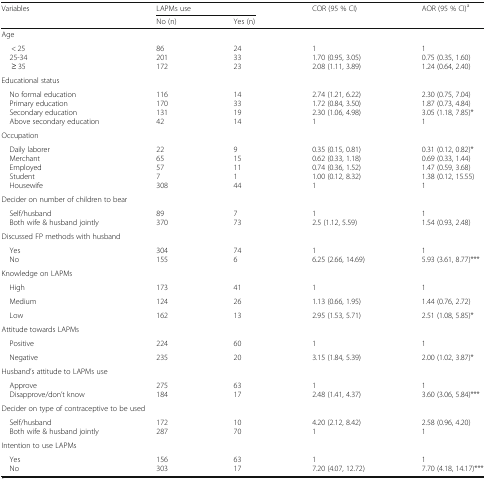
<table><thead><tr><td rowspan="2"><b>Variables</b></td><td colspan="2"><b>LAPMs use</b></td><td rowspan="2"><b>COR (95 % CI)</b></td><td rowspan="2"><b>AOR (95 % CI)<sup>a</sup></b></td></tr><tr><td><b>No (n)</b></td><td><b>Yes (n)</b></td></tr></thead><tbody><tr><td colspan="5">Age</td></tr><tr><td>&lt; 25 25-34≥ 35</td><td>86201172</td><td>243323</td><td>11.70 (0.95, 3.05)2.08 (1.11, 3.89)</td><td>10.75 (0.35, 1.60)1.24 (0.64, 2.40)</td></tr><tr><td colspan="5">Educational status</td></tr><tr><td> No formal education Primary education Secondary education Above secondary education</td><td>11617013142</td><td>14331914</td><td>2.74 (1.21, 6.22)1.72 (0.84, 3.50)2.30 (1.06, 4.98)1</td><td>2.30 (0.75, 7.04)1.87 (0.73, 4.84)3.05 (1.18, 7.85)*1</td></tr><tr><td colspan="5">Occupation</td></tr><tr><td> Daily laborer Merchant Employed Student Housewife</td><td>2265577308</td><td>91511144</td><td>0.35 (0.15, 0.81)0.62 (0.33, 1.18)0.74 (0.36, 1.52)1.00 (0.12, 8.32)1</td><td>0.31 (0.12, 0.82)*0.69 (0.33, 1.44)1.47 (0.59, 3.68)1.38 (0.12, 15.55)1</td></tr><tr><td colspan="5">Decider on number of children to bear</td></tr><tr><td> Self/husband Both wife &amp; husband jointly</td><td>89370</td><td>773</td><td>12.5 (1.12, 5.59)</td><td>11.54 (0.93, 2.48)</td></tr><tr><td colspan="5">Discussed FP methods with husband</td></tr><tr><td> Yes No</td><td>304155</td><td>746</td><td>16.25 (2.66, 14.69)</td><td>15.93 (3.61, 8.77)***</td></tr><tr><td colspan="5">Knowledge on LAPMs</td></tr><tr><td> High</td><td>173</td><td>41</td><td>1</td><td>1</td></tr><tr><td> Medium</td><td>124</td><td>26</td><td>1.13 (0.66, 1.95)</td><td>1.44 (0.76, 2.72)</td></tr><tr><td> Low</td><td>162</td><td>13</td><td>2.95 (1.53, 5.71)</td><td>2.51 (1.08, 5.85)*</td></tr><tr><td colspan="5">Attitude towards LAPMs</td></tr><tr><td> Positive</td><td>224</td><td>60</td><td>1</td><td>1</td></tr><tr><td> Negative</td><td>235</td><td>20</td><td>3.15 (1.84, 5.39)</td><td>2.00 (1.02, 3.87)*</td></tr><tr><td colspan="5">Husband’s attitude to LAPMs use</td></tr><tr><td> Approve Disapprove/don’t know</td><td>275184</td><td>6317</td><td>12.48 (1.41, 4.37)</td><td>13.60 (3.06, 5.84)***</td></tr><tr><td colspan="5">Decider on type of contraceptive to be used</td></tr><tr><td> Self/husband Both wife &amp; husband jointly</td><td>172287</td><td>1070</td><td>4.20 (2.12, 8.42)1</td><td>2.58 (0.96, 4.20)1</td></tr><tr><td colspan="5">Intention to use LAPMs</td></tr><tr><td> Yes No</td><td>156303</td><td>6317</td><td>17.20 (4.07, 12.72)</td><td>17.70 (4.18, 14.17)***</td></tr></tbody></table>